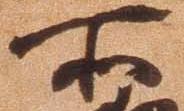
所